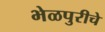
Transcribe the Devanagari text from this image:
भेळपुरीचे